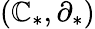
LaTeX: (\mathbb{C}_{*},\partial_{*})